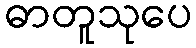
ဓာတူသုပေ